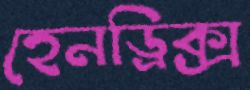
হেনড্রিক্স